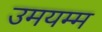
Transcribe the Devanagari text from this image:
उमयम्म